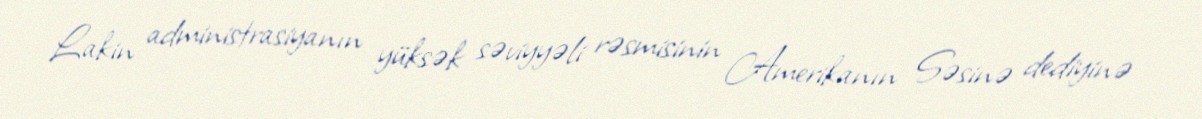
Lakin administrasiyanın yüksək səviyyəli rəsmisinin Amerikanın Səsinə dediyinə